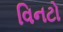
વિનટો